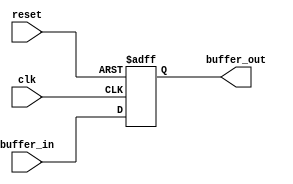
module TTL_buffer (
    input wire clk,
    input wire reset,
    input wire buffer_in,
    output reg buffer_out
);

// Define parameters for timing constraints
parameter DELAY = 1; // Delay in ns

// Define the behavior of the buffer
always @(posedge clk or posedge reset) begin
    if (reset) begin
        buffer_out <= 0;
    end else begin
        buffer_out <= buffer_in;
    end
end

endmodule